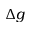
\Delta g